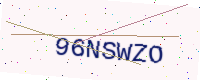
Text: 96NSWZO